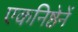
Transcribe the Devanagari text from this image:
एकनिष्ठेनें